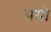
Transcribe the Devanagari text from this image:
पयो